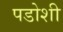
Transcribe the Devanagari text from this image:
पडोशी